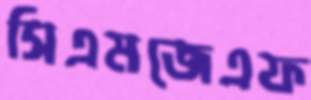
সিএমজেএফ